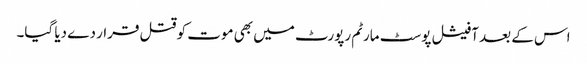
اس کے بعد آفیشل پوسٹ مارٹم رپورٹ میں بھی موت کو قتل قرار دے دیا گیا۔